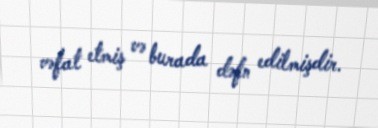
vəfat etmiş və burada dəfn edilmişdir.